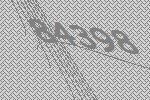
84398